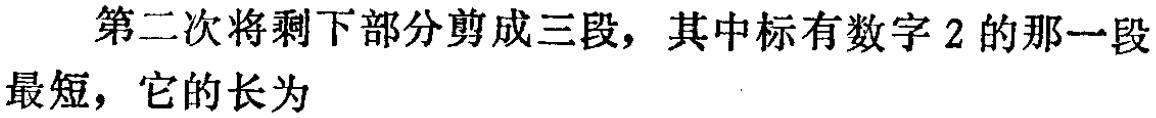
第二次将剩下部分剪成三段，其中标有数字 2 的那一段最短，它的长为